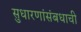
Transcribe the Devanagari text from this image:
सुधारणांसंबधाची